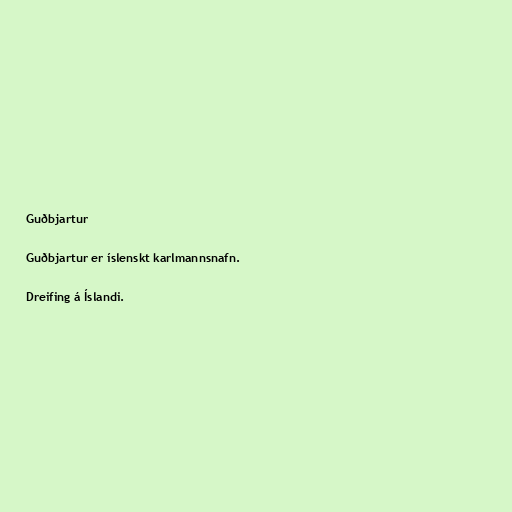
Guðbjartur

Guðbjartur er íslenskt karlmannsnafn.

Dreifing á Íslandi.